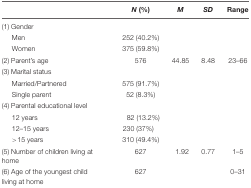
| <COLSPAN=2>  | N (%) | M | SD | Range |
 | --- | --- | --- | --- | --- | --- |
 | (1) Gender |  |  |  |  |
 | Men |  | 252 (40.2%) |  |  |  |
 | Women |  | 375 (59.8%) |  |  |  |
 | (2) Parent’s age |  | 576 | 44.85 | 8.48 | 23–66 |
 | (3) Marital status |  |  |  |  |
 | Married/Partnered |  | 575 (91.7%) |  |  |  |
 | Single parent |  | 52 (8.3%) |  |  |  |
 | (4) Parental educational level |
 | 12 years |  | 82 (13.2%) |  |  |  |
 | 12–15 years |  | 230 (37%) |  |  |  |
 | >15 years |  | 310 (49.4%) |  |  |  |
 | (5) Number of children living at home |  | 627 | 1.92 | 0.77 | 1–5 |
 | (6) Age of the youngest child living at home |  | 627 |  |  | 0–31 |